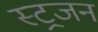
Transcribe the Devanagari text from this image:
स्ट्रजन